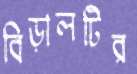
বিড়ালটির